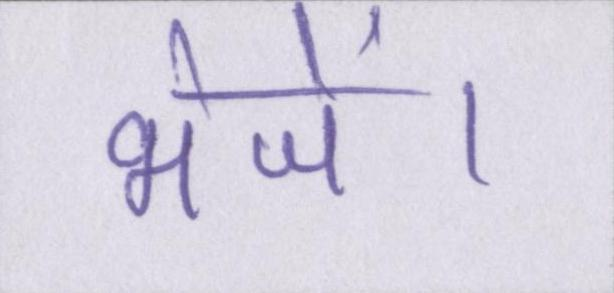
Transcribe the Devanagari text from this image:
भेजें।